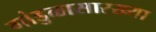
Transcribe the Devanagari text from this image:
गांडुळासारख्या